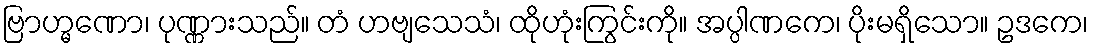
ဗြာဟ္မဏော၊ ပုဏ္ဏားသည်။ တံ ဟဗျသေသံ၊ ထိုဟုံးကြွင်းကို။ အပ္ပါဏကေ၊ ပိုးမရှိသော။ ဥဒကေ၊